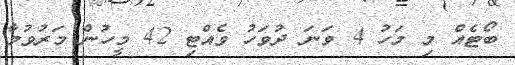
ބޯޓެއް މި މަހު 4 ވަނަ ދުވަހު ވެއްޓި 42 މީހުން މަރުވުމާ